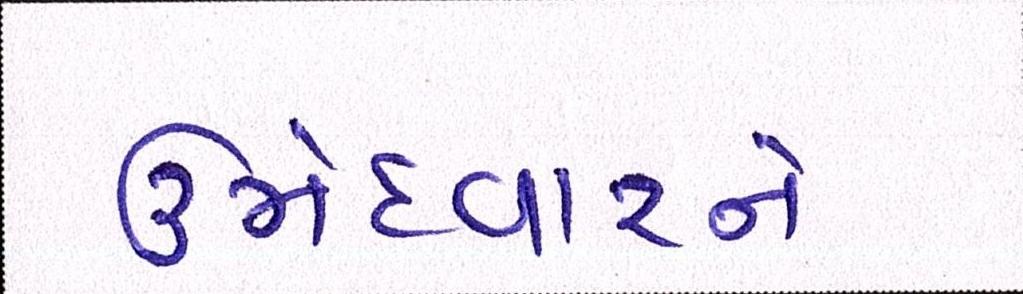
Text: ઉમેદવારને